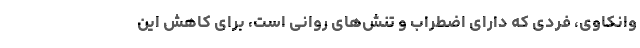
وانکاوی، فردی که دارای اضطراب و تنش‌های روانی است، برای کاهش این